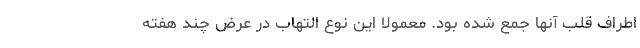
اطراف قلب آنها جمع شده بود. معمولا این نوع التهاب در عرض چند هفته